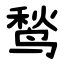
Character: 鹙